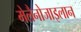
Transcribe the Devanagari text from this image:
मेलैनोजाइलान